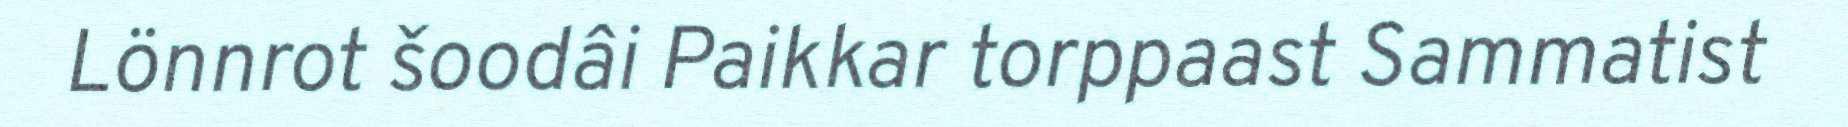
Lönnrot šoodâi Paikkar torppaast Sammatist